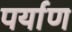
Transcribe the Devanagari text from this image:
पर्याण